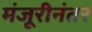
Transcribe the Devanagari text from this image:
मंजूरीनंतर